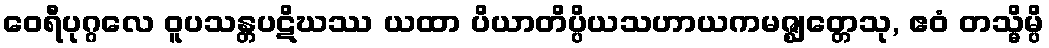
ဝေရီပုဂ္ဂလေ ဝူပသန္တပဋိဃဿ ယထာ ပိယာတိပ္ပိယသဟာယကမဇ္ဈတ္တေသု, ဧဝံ တသ္မိမ္ပိ